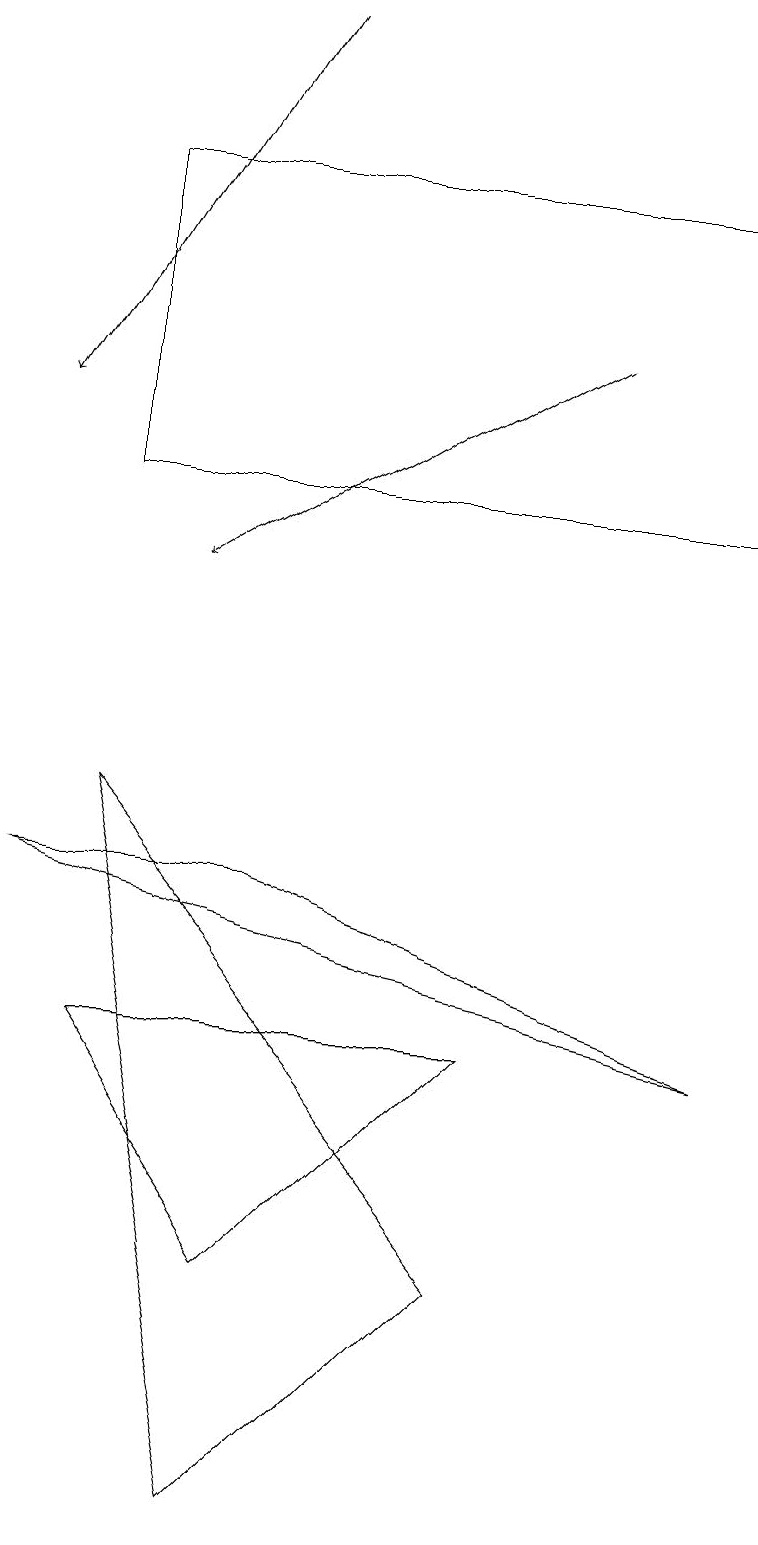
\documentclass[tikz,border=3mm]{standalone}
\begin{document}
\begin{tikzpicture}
\draw (3,0) -- (6,3) -- (1,9) -- cycle;
\draw (1,13) rectangle (9,17);
\draw (6,6) -- (3,3) -- (1,6) -- cycle;
\draw[->] (7,15) -- (2,12);
\draw (3,8) -- (9,6) -- (0,8) -- cycle;
\draw[->] (3,19) -- (0,14);
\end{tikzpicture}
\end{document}